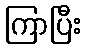
ကြာပြီး